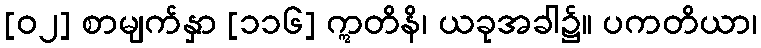
[၀၂] စာမျက်နှာ [၁၁၆] ဣတိနိ၊ ယခုအခါ၌။ ပကတိယာ၊